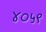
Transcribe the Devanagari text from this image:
४०५९